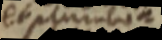
et pluribus